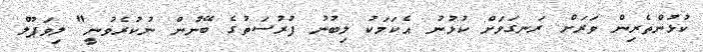
ކުޅުންތެރިން ވަރަށް ރަނގަޅަށް ކުޅުނު އެކަމަކު ލިބުނު ފުރުސަތުގެ ބޭނުން ނުކުރެވުނީ" ލިވަޕޫލް